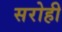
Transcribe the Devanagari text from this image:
सरोही